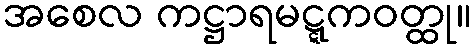
အစေလ ကဋ္ဌာရမဋ္ဋကဝတ္ထု။